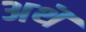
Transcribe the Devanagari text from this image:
अथॆ